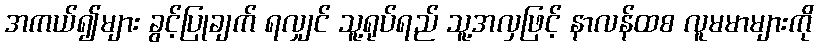
အကယ်၍များ ခွင့်ပြုချက် ရလျှင် သူ့ရုပ်ရည် သူ့အလှဖြင့် နာလန်ထစ လူမမာများကို